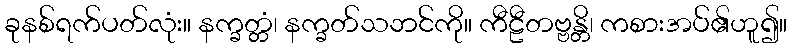
ခုနစ်ရက်ပတ်လုံး။ နက္ခတ္တံ၊ နက္ခတ်သဘင်ကို။ ကီဠီတဗ္ဗန္တိ၊ ကစားအပ်၏ဟူ၍။